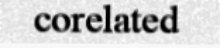
corelated